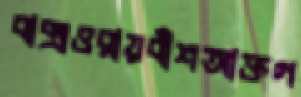
বাক্সওরায়বাঁশআক্তগ